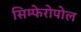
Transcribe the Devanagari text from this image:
सिम्फेरोपोल